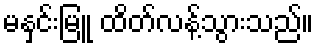
မနှင်းမြူ ထိတ်လန့်သွားသည်။